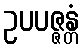
ဥပပဇ္ဇန္တံ